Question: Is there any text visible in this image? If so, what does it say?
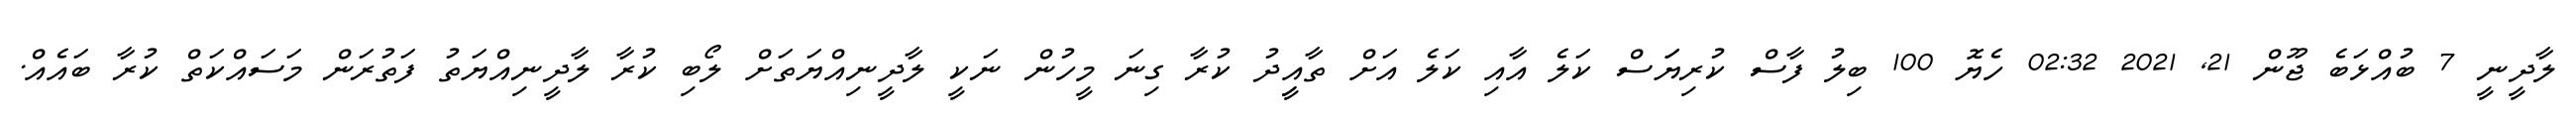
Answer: ލާދީނީ 7 ބުއްޅަބެ ޖޫން 21, 2021 02:32 ހެޔޮ 100 ބިލު ފާސް ކުރިޔަަސް ކަލެ އާއި ކަލެ އަށް ތާއިީދު ކުރާ ގިނަ މީހުން ނަކީ ލާދީނިއްޔަތަށް ލޯބި ކުރާ ލާދީނިއްޔަތު ފަތުރަން މަސައްކަތް ކުރާ ބައެއް.